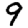
Digit: 9